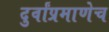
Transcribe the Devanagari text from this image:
दुर्वांप्रमाणेच